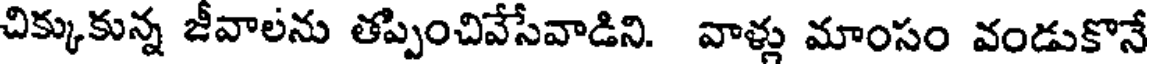
చిక్కుకున్న జీవాలను తప్పించివేసేవాడిని. వాళ్లు మాంసం వండుకొనే